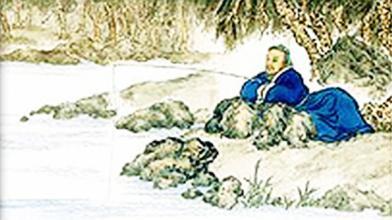
竹竿有甘苦，我爱抱苦节。